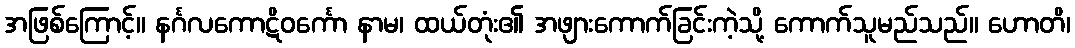
အဖြစ်ကြောင့်။ နင်္ဂလကောဋိဝင်္ကော နာမ၊ ထယ်တုံး၏ အဖျားကောက်ခြင်းကဲ့သို့ ကောက်သူမည်သည်။ ဟောတိ၊